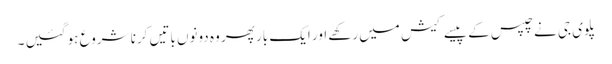
پلوی جی نے چپس کے پیسے کیش میں رکھے اور ایک بار پھر وہ دونوں باتیں کرنا شروع ہو گئیں ۔